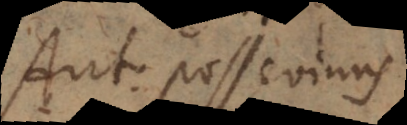
Ant. Possevinus